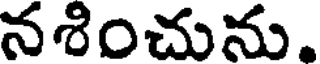
నశించును.